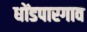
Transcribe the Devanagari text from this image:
धोंडपारगाव